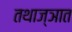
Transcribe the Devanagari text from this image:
तथाज्ञात